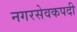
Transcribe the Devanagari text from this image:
नगरसेवकपदी